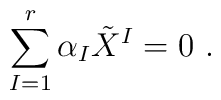
\sum^{r}_{I=1}\alpha_{I}\tilde{X}^I = 0\ .